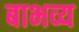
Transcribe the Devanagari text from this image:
बाभव्य